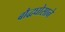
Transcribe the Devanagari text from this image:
बौद्धघोसाने